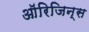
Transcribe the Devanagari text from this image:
ऑरिजिन्स